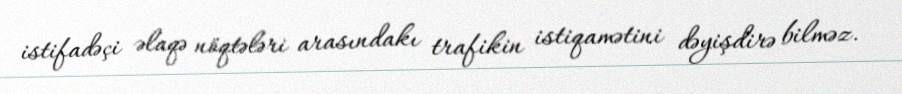
istifadəçi əlaqə nöqtələri arasındakı trafikin istiqamətini dəyişdirə bilməz.